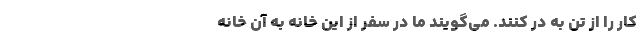
کار را از تن به در کنند. می‌گویند ما در سفر از این خانه به آن خانه